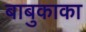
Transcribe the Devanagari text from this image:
बाबुकाका